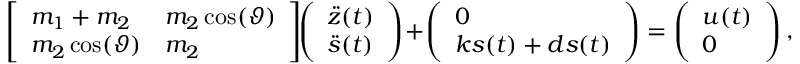
\begin{array} { r } { \left[ \begin{array} { l l } { m _ { 1 } + m _ { 2 } } & { m _ { 2 } \cos ( \vartheta ) } \\ { m _ { 2 } \cos ( \vartheta ) } & { m _ { 2 } } \end{array} \right] \! \! \left( \begin{array} { l } { \ddot { z } ( t ) } \\ { \ddot { s } ( t ) } \end{array} \right) \! + \! \left( \begin{array} { l } { 0 } \\ { k s ( t ) + d s ( t ) } \end{array} \right) = \left( \begin{array} { l } { u ( t ) } \\ { 0 } \end{array} \right) , } \end{array}